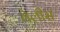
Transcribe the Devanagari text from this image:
वेलीस